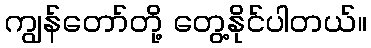
ကျွန်တော်တို့ တွေ့နိုင်ပါတယ်။